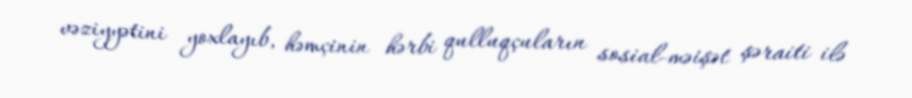
vəziyyətini yoxlayıb, həmçinin hərbi qulluqçuların sosial-məişət şəraiti ilə